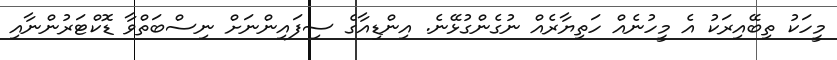
މީހަކު ތިބޭއިރަކު އެ މީހުނެއް ހަތިޔާރެއް ނުގެންގުޅޭނެ. އިންޑިއާގެ ސިފައިންނަށް ނިސްބަތްވާ ޑޮކްޓަރުންނާއި